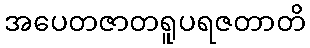
အပေတဇာတရူပရဇတာတိ